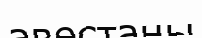
авестаны